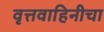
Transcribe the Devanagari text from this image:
वृत्तवाहिनीचा